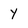
Character: Y